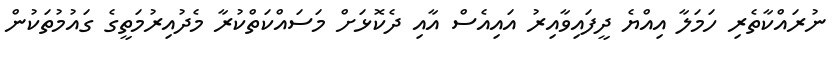
ނުރައްކާތެރި ހަމަލާ އިއްޔެ ދީފައިވާއިރު އައިއެސް އާއި ދެކޮޅަށް މަސައްކަތްކުރާ މެދުއިރުމަތީގެ ގައުމުތަކުން